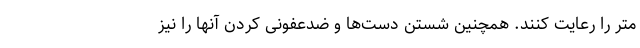
متر را رعایت کنند. همچنین شستن دست‌ها و ضدعفونی کردن آنها را نیز